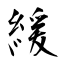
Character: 緩